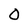
Character: O